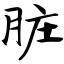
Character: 脏